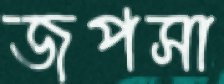
জপসা